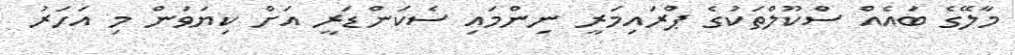
މާލޭގެ ބައެއް ސްކޫލްތަކުގެ ޕްރައިމަރީ ނިންމައި ސެކަންޑަރީ އަށް ކިޔަވަން މި އަހަރު